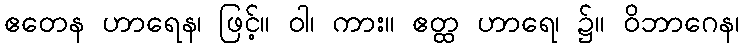
ဧတေန ဟာရေန၊ ဖြင့်။ ဝါ၊ ကား။ ဧတ္ထ ဟာရေ၊ ၌။ ဝိဘာဂေန၊